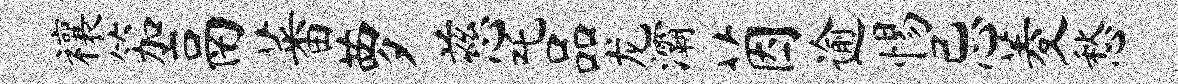
禳笳鬲蕃萝慈吒品龙灞茵逾惕忌菱愁